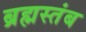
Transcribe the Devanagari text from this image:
ब्रह्मस्तंब